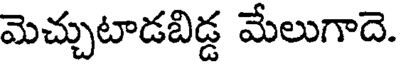
మెచ్చుటాడబిడ్డ మేలుగాదె.